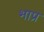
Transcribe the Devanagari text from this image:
भाप्र